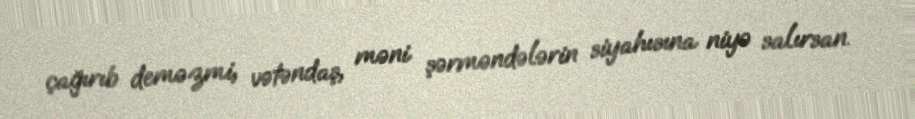
çağırıb deməzmi, vətəndaş, məni şərməndələrin siyahısına niyə salırsan.